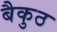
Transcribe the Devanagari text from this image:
बैकुठ